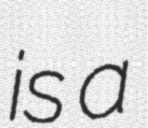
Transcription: is a